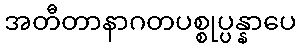
အတီတာနာဂတပစ္စုပ္ပန္နာပေ